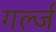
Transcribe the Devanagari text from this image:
गर्ल्‍ज